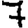
Digit: 7